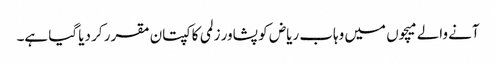
آنے والے میچوں میں وہاب ریاض کو پشاور زلمی کا کپتان مقرر کر دیا گیا ہے۔